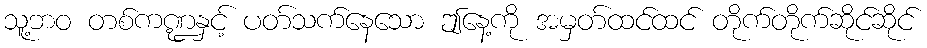
သူ့ဘဝ တစ်ကဏ္ဍနှင့် ပတ်သက်နေသော ဤနေ့ကို အမှတ်ထင်ထင် တိုက်တိုက်ဆိုင်ဆိုင်